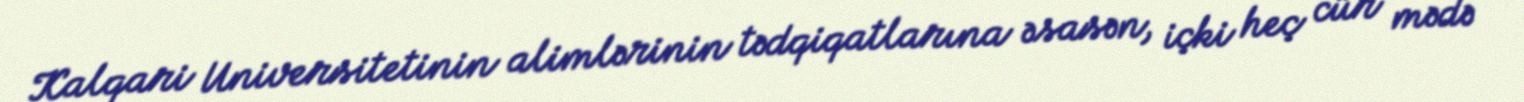
Kalqari Universitetinin alimlərinin tədqiqatlarına əsasən, içki heç cür mədə